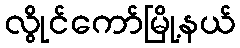
လွိုင်ကော်မြို့နယ်